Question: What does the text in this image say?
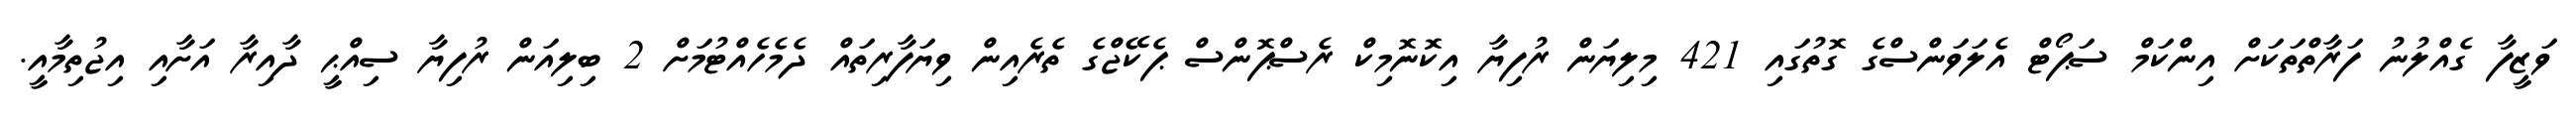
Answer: ވަޒީފާ ގެއްލުނު ފަރާތްތަކަށް އިންކަމް ސަޕޯޓް އެލަވަންސްގެ ގޮތުގައި 421 މިލިޔަން ރުފިޔާ އިކޮނޮމިކް ރެސްޕޮންސް ޕެކޭޖްގެ ތެރެއިން ވިޔަފާރިތައް ދެމެހެއްޓުމަށް 2 ބިލިއަން ރުފިޔާ ސިއްޙީ ދާއިރާ އަށާއި އިޖުތިމާއީ.